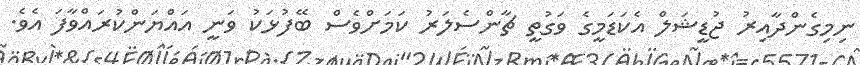
ނިމިގެންދާއިރު ޖުޑީޝަލް އެކަޑަމީގެ ވަގުތީ ޗާންސެލަރު ކަމަށްވެސް ބޭފުޅަކު ވަނީ އައްޔަންކުރައްވާފަ އެވެ.